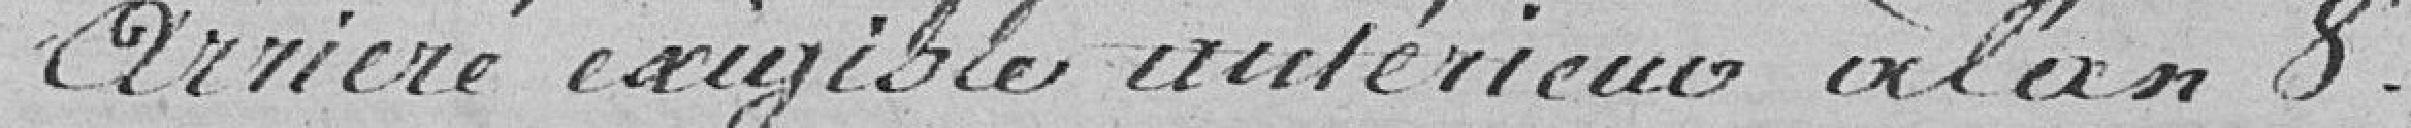
arriéré exigible antérieur à l'an 8.